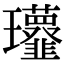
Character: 𩐔